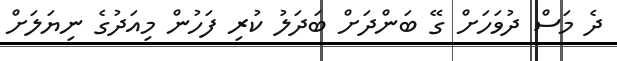
ދެ މަސް ދުވަހަށް ގޭ ބަންދަށް ބަދަލު ކުރި ފަހުން މިއަދުގެ ނިޔަލަށް